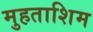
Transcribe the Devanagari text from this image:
मुहताशिम